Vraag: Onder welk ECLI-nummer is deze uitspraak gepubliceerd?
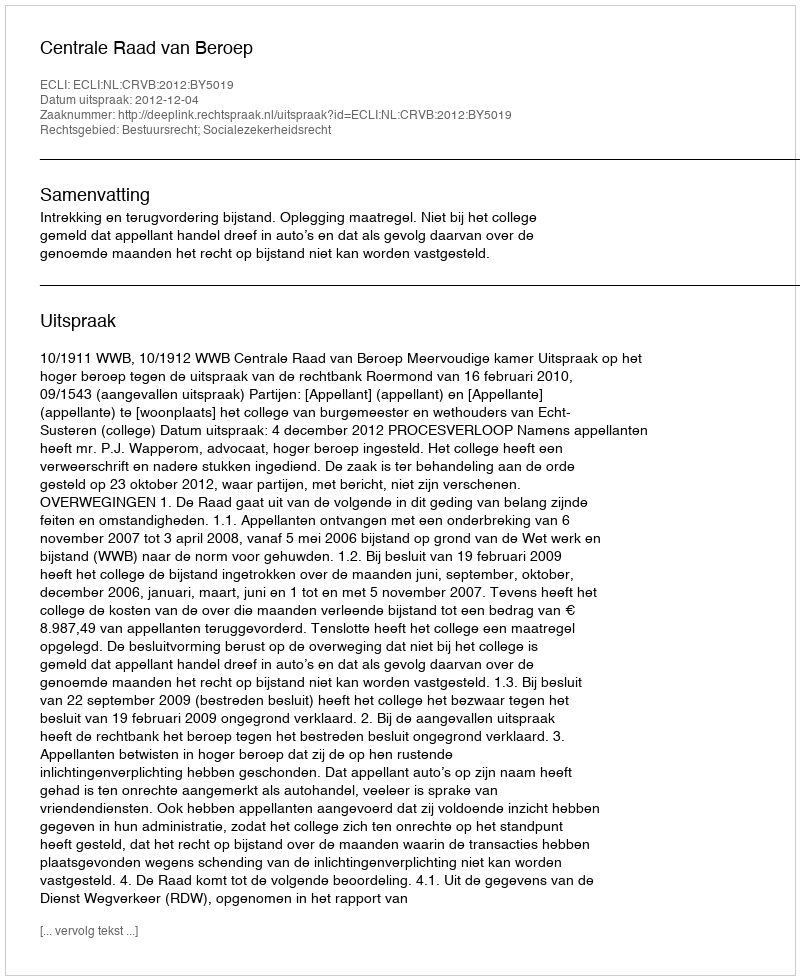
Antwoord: ECLI:NL:CRVB:2012:BY5019